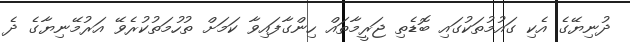
ދުނިޔޭގެ އެކި ގައުމުތަކުގައި ބޮޑެތި ޖަރީމާތައް ހިންގާފައިވާ ކަމަށް ތުހުމަތުކުރެވޭ އަރުމޭނިޔާގެ ދެ